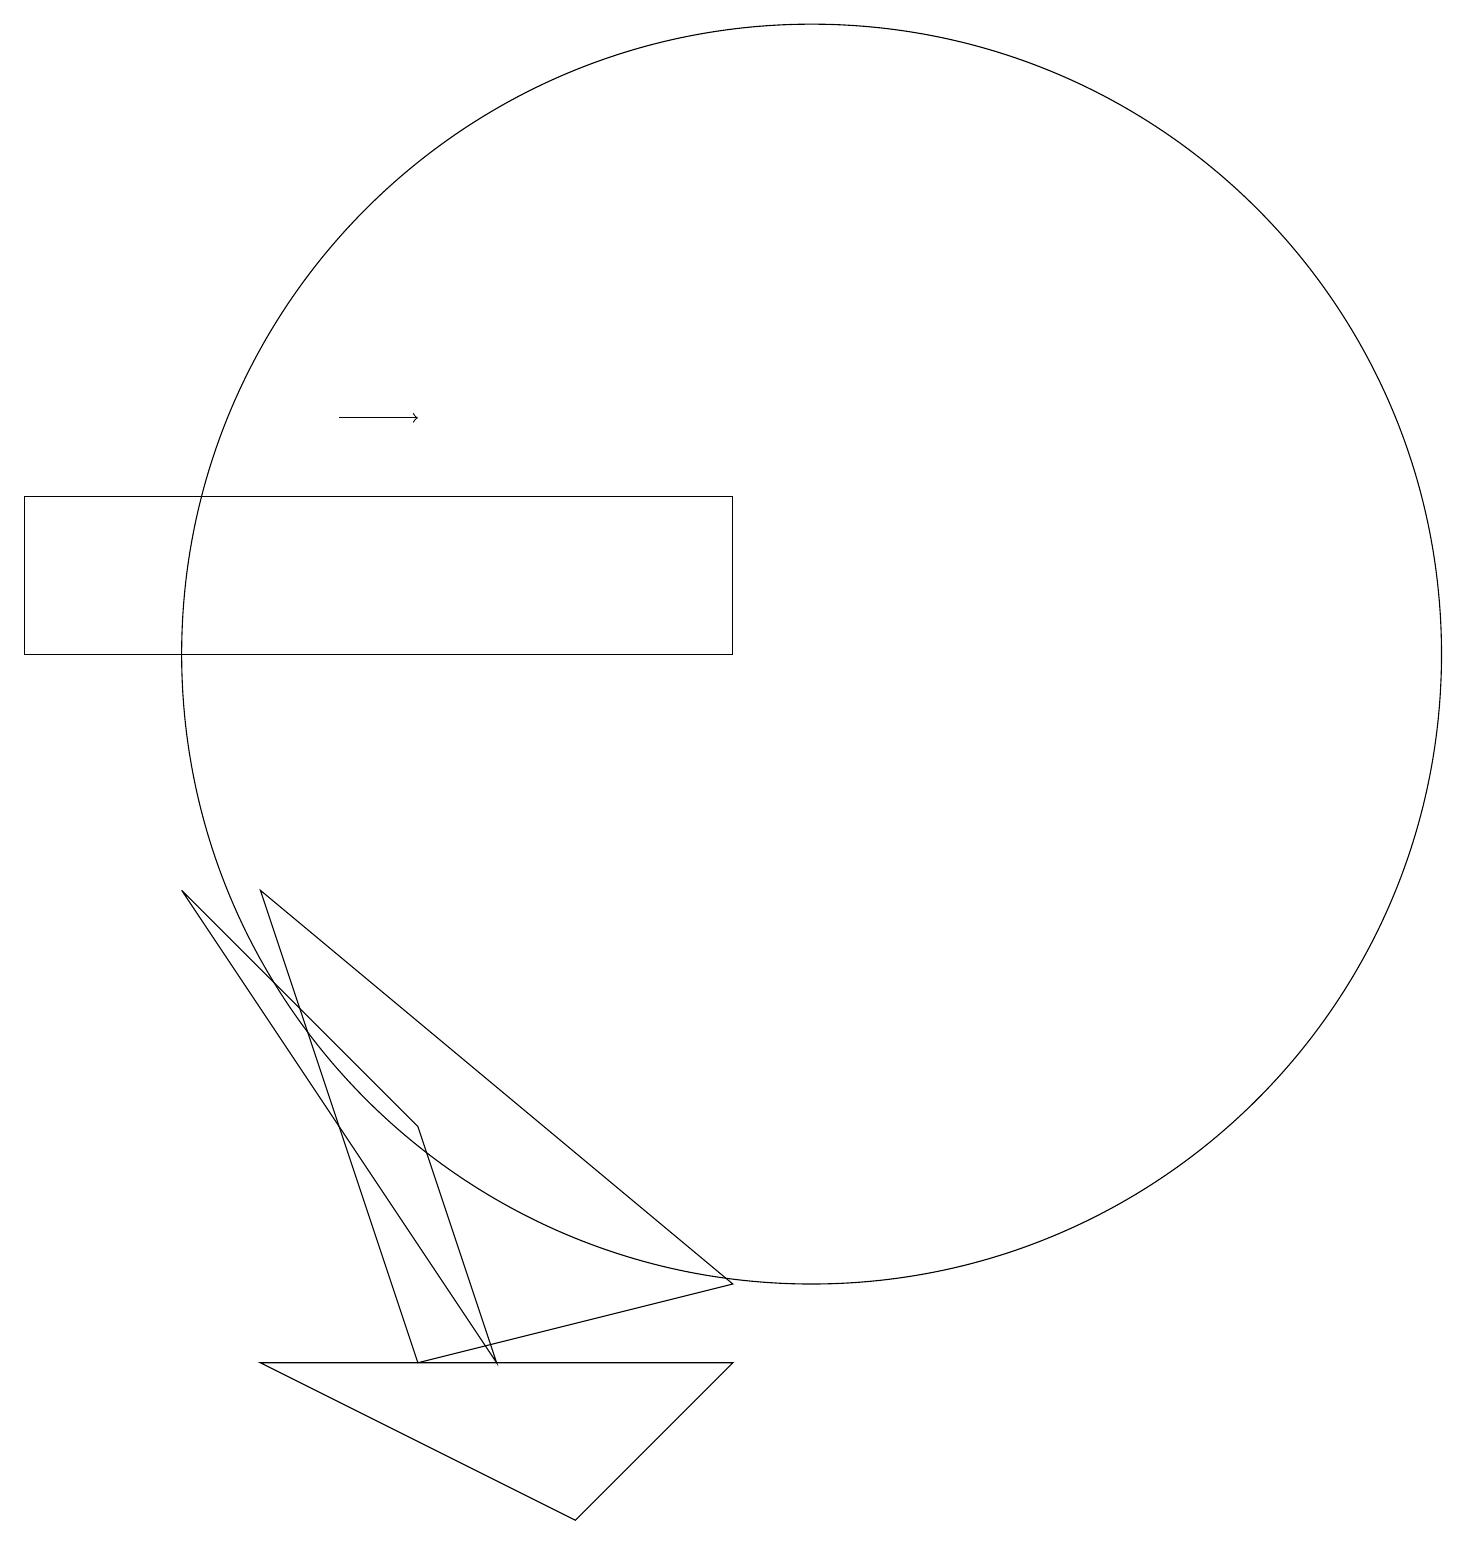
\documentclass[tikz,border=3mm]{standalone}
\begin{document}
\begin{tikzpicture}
\draw[->] (4,15) -- (5,15);
\draw (10,12) circle (8);
\draw (9,3) -- (7,1) -- (3,3) -- cycle;
\draw (9,12) rectangle (0,14);
\draw (5,3) -- (9,4) -- (3,9) -- cycle;
\draw (2,9) -- (5,6) -- (6,3) -- cycle;
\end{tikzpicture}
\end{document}